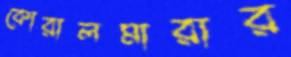
কোরালমারার